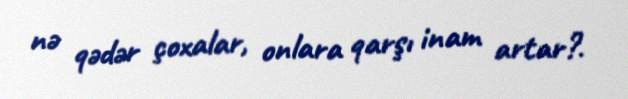
nə qədər çoxalar, onlara qarşı inam artar?.